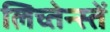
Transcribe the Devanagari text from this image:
लिच्तेन्स्तें